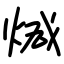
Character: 煘